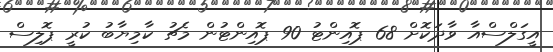
އީގަލްސްއާ ވާދަކޮށް 68 ޕޮއިންޓު 90 ޕޮއިންޓުން މެޗު ކާމިޔާބު ކުރީ ޕޮލިސް